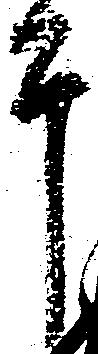
于